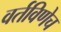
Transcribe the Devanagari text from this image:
वर्तविणेच